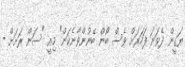
ޔަގީން ދެވަނަ ފަހަރަށް ވެސް ބޯން ބޭނުންވާނެކަން" މިއީ "ސަން ރަށަށް -